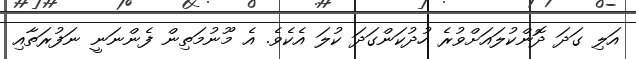
އަލި ގަދަ ދޮންކުލައަށްވުރެ ހުދުކަންގަދަ ކުލަ އެކެވެ. އެ މޫނުމަތިން ފެންނަނީ ނަފުރަތާއި